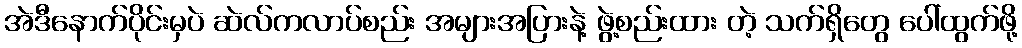
အဲဒီနောက်ပိုင်းမှပဲ ဆဲလ်ကလာပ်စည်း အများအပြားနဲ့ ဖွဲ့စည်းထား တဲ့ သက်ရှိတွေ ပေါ်ထွက်ဖို့